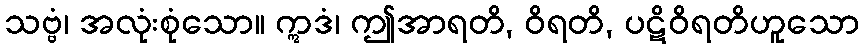
သဗ္ဗံ၊ အလုံးစုံသော။ ဣဒံ၊ ဤအာရတိ, ဝိရတိ, ပဋိဝိရတိဟူသော